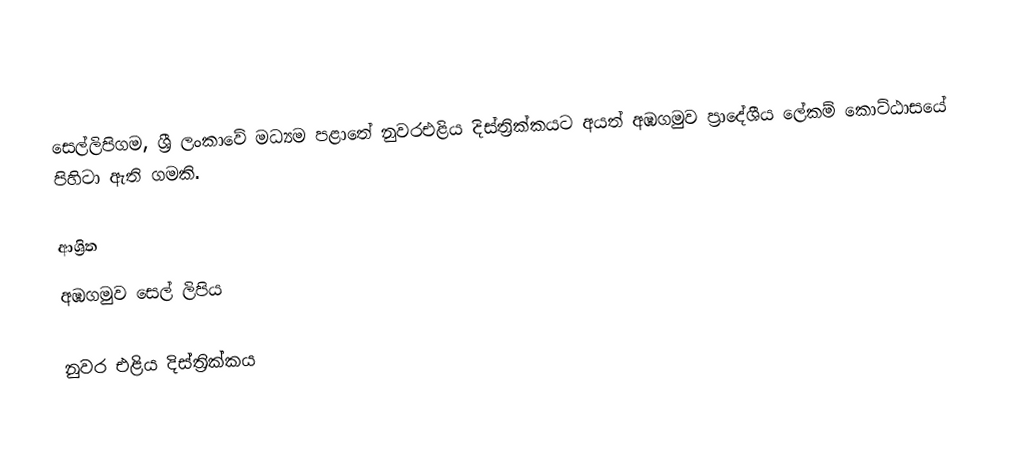
සෙල්ලිපිගම, ශ්‍රී ලංකාවේ මධ්‍යම පළාතේ නුවරඑළිය දිස්ත්‍රික්කයට අයත් අඹගමුව ප්‍රාදේශීය ලේකම් කොට්ඨාසයේ පිහිටා ඇති ගමකි.

ආශ්‍රිත
 අඹගමුව සෙල් ලිපිය

නුවර එළිය දිස්ත්‍රික්කය